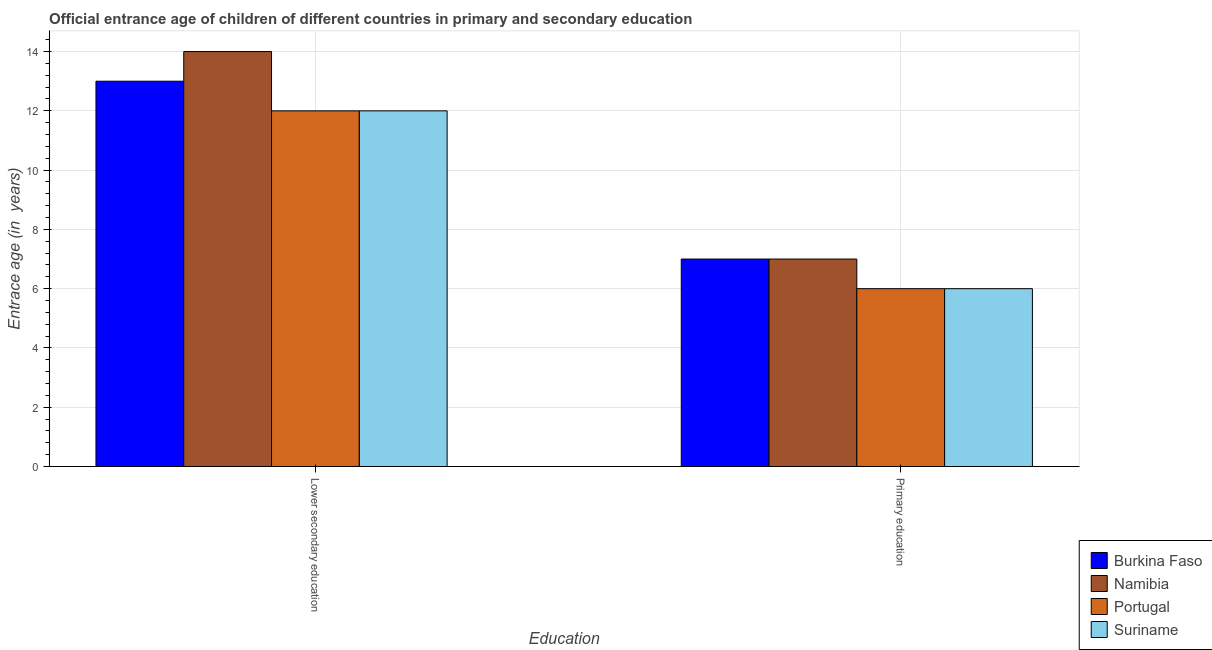
| Education | Burkina Faso | Namibia | Portugal | Suriname |
 | --- | --- | --- | --- | --- |
 | Lower secondary education | 13 | 14 | 12 | 12 |
 | Primary education | 7 | 7 | 6 | 6 |